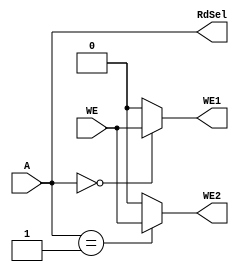
`timescale 1ns / 1ps
//////////////////////////////////////////////////////////////////////////////////
// Company: 
// Engineer: 
// 
// Design Name: 
// Module Name: fact_ad
// Project Name: 
// Target Devices: 
// Tool Versions: 
// Description: 
// 
// Dependencies: 
// 
// Revision:
// Revision 0.01 - File Created
// Additional Comments:
// 
//////////////////////////////////////////////////////////////////////////////////


module fact_ad(
    input wire [1:0] A,
    input wire WE,
    output reg WE1, WE2,
    output wire [1:0] RdSel
    );
    
    always @ (*) begin
        case (A)
            // n register write enable
            2'b00: begin
                WE1 = WE;
                WE2 = 1'b0;
            end
            
            // go register write enable
            2'b01: begin
                WE1 = 1'b0;
                WE2 = WE;
            end
            
            default: begin
                WE1 = 1'b0;
                WE2 = 1'b0;
            end
        endcase
    end
    
    assign RdSel = A;
    
endmodule